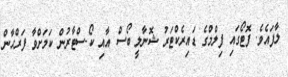
ލާފައެވެ. ފޮޓޯގައި ފިލްމްގެ ޑައިރެކްޓަރު ޝޮނާލީ ބޯސް އާއި ކޯ-ސްޓާރުން ކަމަށްވާ ފަރްހާން